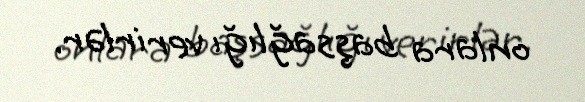
onlara başsağlığı verirlər.